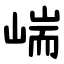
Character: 㟨